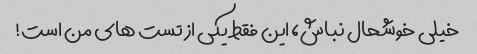
خیلی خوشحال نباش، این فقط یکی از تست های من است!